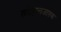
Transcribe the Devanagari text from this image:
खंडहालजातक